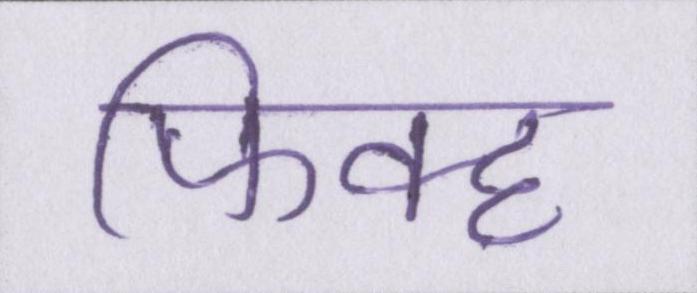
फिक्ह